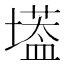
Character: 𡑷